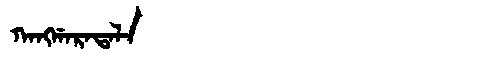
Manchu: ᡴᠠᠩᡤᠠᡵᠠᡨᠠᠯᠠ
Romanization: KANGGARATALA